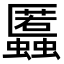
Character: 䘌